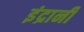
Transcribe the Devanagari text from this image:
इंद्रानी